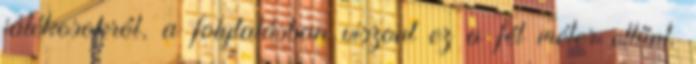
játékosokról, a folytatásban viszont ez a fél méter eltűnt.